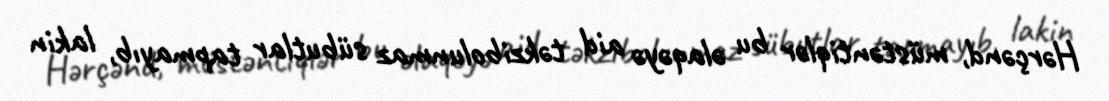
Hərçənd, müstəntiqlər bu əlaqəyə aid təkzibolunmaz sübutlar tapmayıb, lakin